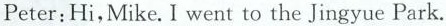
Peter:Hi,Mike.I went to the Jingyue Park.